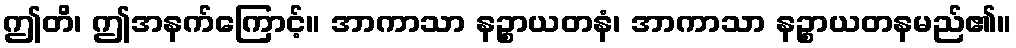
ဤတိ၊ ဤအနက်ကြောင့်။ အာကာသာ နဉ္စာယတနံ၊ အာကာသာ နဉ္စာယတနမည်၏။